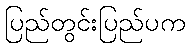
ပြည်တွင်းပြည်ပက